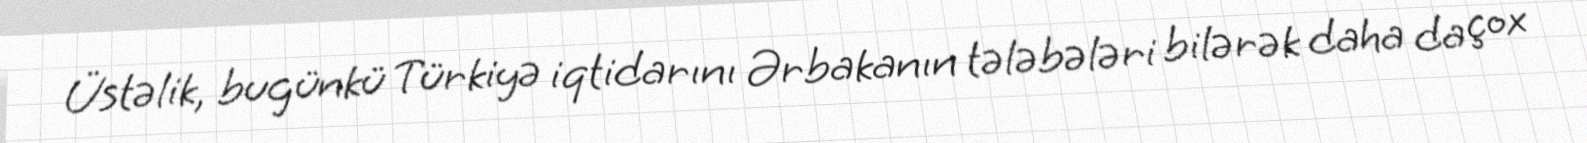
Üstəlik, bugünkü Türkiyə iqtidarını Ərbakanın tələbələri bilərək daha da çox